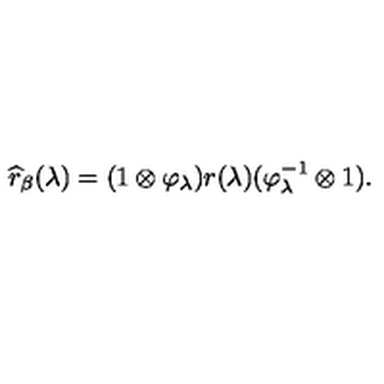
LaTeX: \widehat { r } _ { \beta } ( \lambda ) = ( 1 \otimes \varphi _ { \lambda } ) r ( \lambda ) ( \varphi _ { \lambda } ^ { - 1 } \otimes 1 ) .